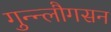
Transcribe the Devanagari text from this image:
गुन्न्लौगसन